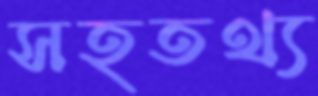
সহতথ্য